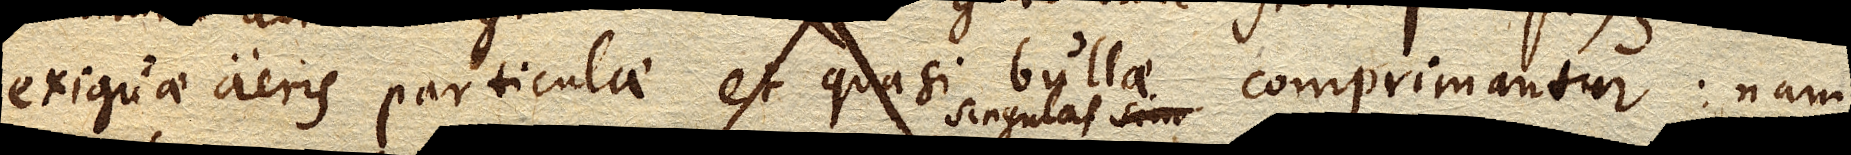
exiguae aeris particulae et quasi bullae comprimantur: nam